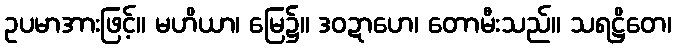
ဥပမာအားဖြင့်။ မဟိယာ၊ မြေ၌။ ဒဝဍာဟေ၊ တောမီးသည်။ သရဋ္ဌိတေ၊